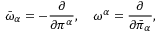
{ \bar { \omega } } _ { \alpha } = - \frac { \partial } { \partial \pi ^ { \alpha } } , \quad { \omega } ^ { \alpha } = \frac { \partial } { \partial { \bar { \pi } } _ { \alpha } } ,